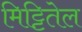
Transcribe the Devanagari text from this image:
मिट्टितेल